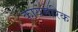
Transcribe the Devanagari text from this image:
कायमेरिक